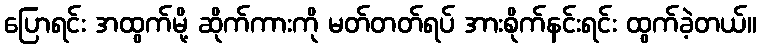
ပြောရင်း အထွက်မို့ ဆိုက်ကားကို မတ်တတ်ရပ် အားစိုက်နင်းရင်း ထွက်ခဲ့တယ်။